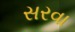
સરવા